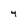
Character: 4